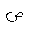
Letter: _sad